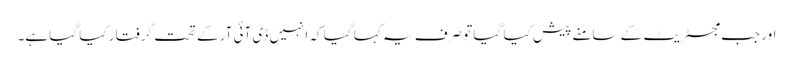
اور جب مجسٹریٹ کے سامنے پیش کیا گیا تو صرف یہ کہا گیا کہ انہیں ڈی آئی آر کے تحت گرفتار کیا گیا ہے۔